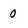
Character: 0